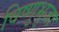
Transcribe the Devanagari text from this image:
विष्णुभुजा